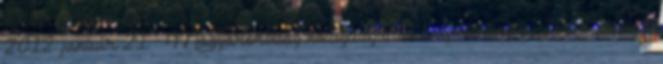
2012. január 21. ↑ Magyarország közigazgatási helynévkönyve, 2015. január